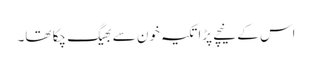
اس کے نیچے پڑا تکیہ خون سے بھیگ چکا تھا۔